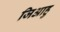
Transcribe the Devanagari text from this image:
जिआहु